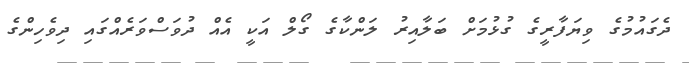
ދެގައުމުގެ ވިޔަފާރީގެ ގުޅުމަށް ބަލާއިރު ލަންކާގެ ގޯލް އަކީ އެއް ދުވަސްވަރެއްގައި ދިވެހިންގެ